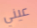
عيني